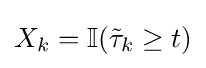
X_{k}=\mathbb {I} ({\tilde {\tau }}_{k}\geq t)